Source: Handwritten
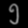
Digit: ၅ (5)